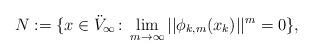
LaTeX: \begin{align*}N := \{ x \in \ddot{V}_{\infty} \colon \lim_{m\to\infty} || \phi_{k,m} (x_k) ||^m = 0 \},\end{align*}